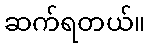
ဆက်ရတယ်။